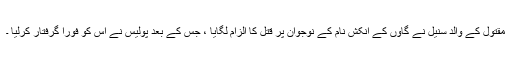
مقتول کے والد سنیل نے گاوں کے انکش نام کے نوجوان پر قتل کا الزام لگایا ، جس کے بعد پولیس نے اس کو فورا گرفتار کرلیا ۔